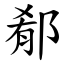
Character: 郩